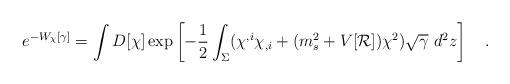
LaTeX: \begin{align*}e^{-W_\chi[\gamma]}=\int D[\chi]\exp\left[-\frac 12\int_{\Sigma}(\chi^{,i}\chi_{,i}+(m_s^2+V[{\cal R}])\chi^2)\sqrt{\gamma}~d^2 z\right]~~~.\end{align*}